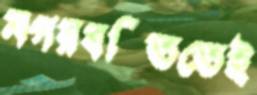
নগরবস্তিতেই